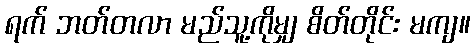
ရက် ဘတ်တလာ မည်သူ့ကိုမျှ စိတ်တိုင်း မကျ။